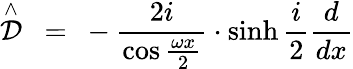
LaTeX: \stackrel{\wedge}{\cal D}\ =\ -\frac{2i}{\cos\frac{\omega x}2}\cdot\sinh{}\frac i2\frac d{dx}